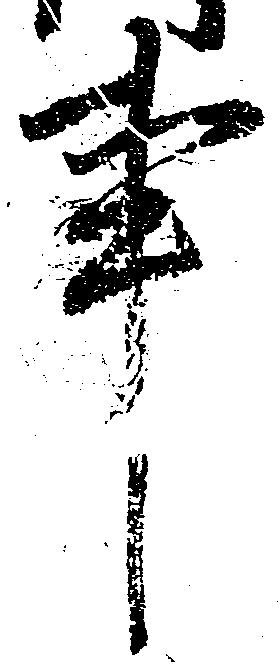
事